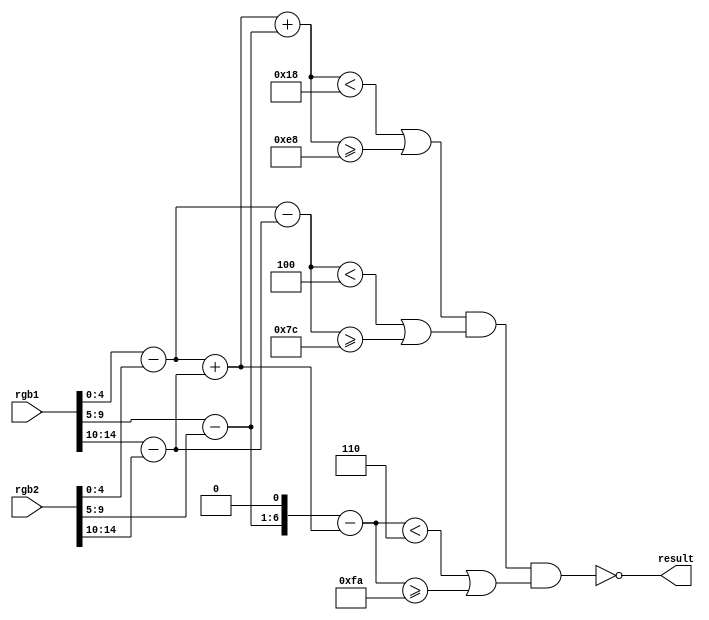
module DiffCheck(input [14:0] rgb1, input [14:0] rgb2, output result);
  wire [5:0] r = rgb1[4:0] - rgb2[4:0];
  wire [5:0] g = rgb1[9:5] - rgb2[9:5];
  wire [5:0] b = rgb1[14:10] - rgb2[14:10];
  wire [6:0] t = $signed(r) + $signed(b);
  wire [6:0] gx = {g[5], g};
  wire [7:0] y = $signed(t) + $signed(gx);
  wire [6:0] u = $signed(r) - $signed(b);
  wire [7:0] v = $signed({g, 1'b0}) - $signed(t);
  wire y_inside = (y < 8'h18 || y >= 8'he8);
  wire u_inside = (u < 7'h4 || u >= 7'h7c);
  wire v_inside = (v < 8'h6 || v >= 8'hfA);
  assign result = !(y_inside && u_inside && v_inside);
endmodule